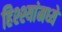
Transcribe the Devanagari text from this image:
हिश्श्यांमध्ये